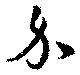
介